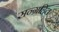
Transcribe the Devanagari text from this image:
सन्ग्रहित